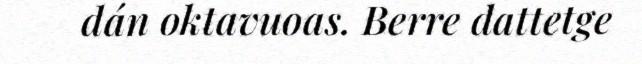
dán oktavuoas. Berre dattetge